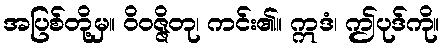
အပြစ်တို့မှ။ ဝိဝဇ္ဇိတု၊ ကင်း၏။ ဣဒံ၊ ဤပုဒ်ကို။